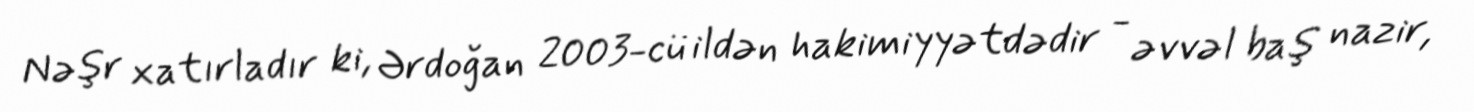
Nəşr xatırladır ki, Ərdoğan 2003-cü ildən hakimiyyətdədir - əvvəl baş nazir,